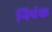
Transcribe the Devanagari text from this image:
निपंक